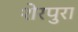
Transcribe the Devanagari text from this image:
शेरपुरा